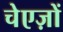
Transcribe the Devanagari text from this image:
चेएज़ों